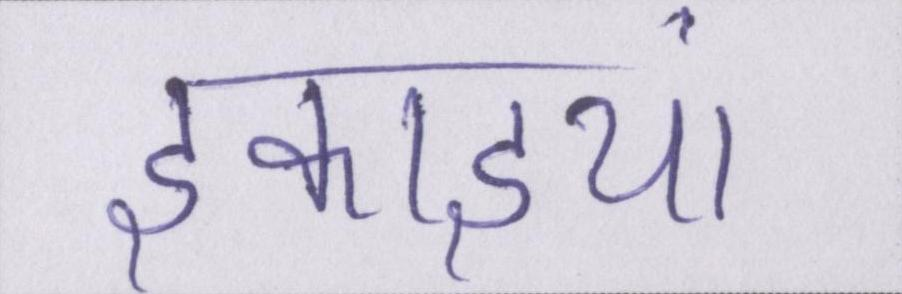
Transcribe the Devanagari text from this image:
इकाइयां